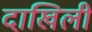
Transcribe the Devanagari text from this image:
दाखिली